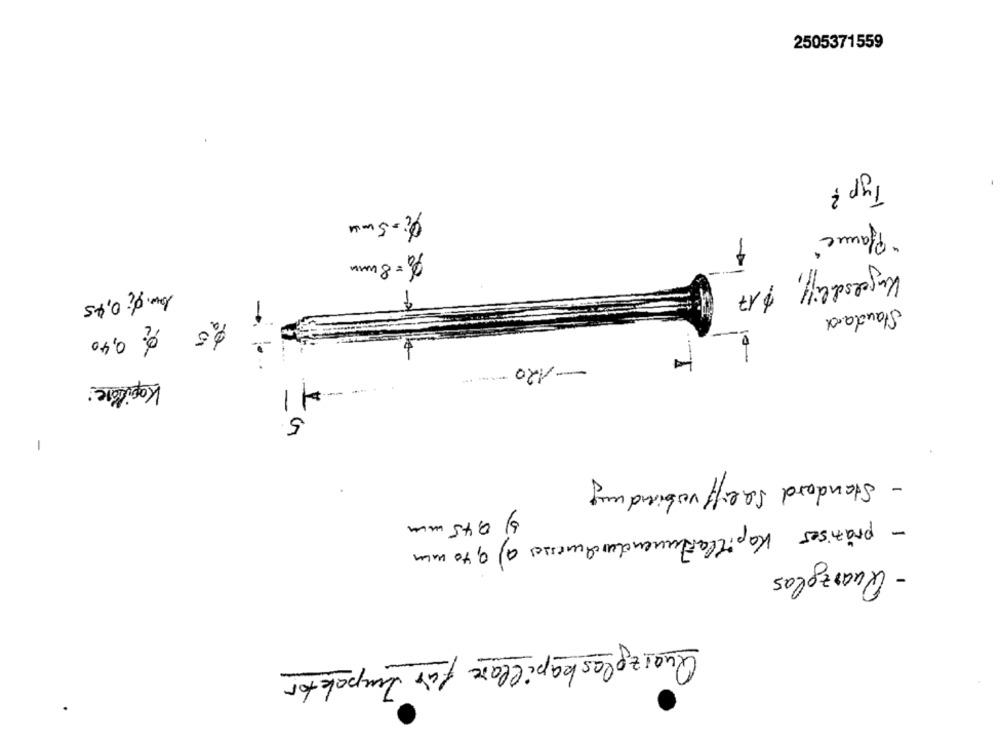
2505371559
Typ ?
" Pfanne
Ph = 8 umm
00
-- 1
Kugelschlif, $17
low. di 0,45
Standard
$25 % 0,40
-120 ---
Kapitère:
-1
5
-
- Standard Saeiff verbindung
b) 0,45 mm
- präziser Kapillartunendurchmesser a) 0,40 mm
- Quarzglas
Quarzglaskapillar für Impaktor